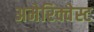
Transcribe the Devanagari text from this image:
अमेरिक्वेस्ट